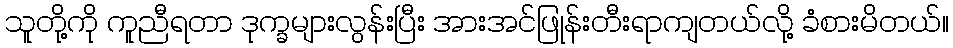
သူတို့ကို ကူညီရတာ ဒုက္ခများလွန်းပြီး အားအင်ဖြုန်းတီးရာကျတယ်လို့ ခံစားမိတယ်။